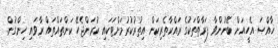
ޚާއްޞަ އެހީއަށް ބޭނުންވާ ފަރާތްތަކުގެ ރައްކާތެރިކަން އިތުރުކުރުމަށްޓަކައި ކުރަންޖެހޭ ކަންތައްތައް ރާވައި ހިންގުން.